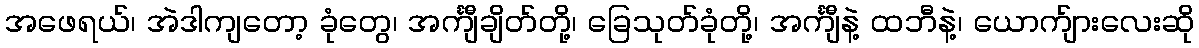
အဖေရယ်၊ အဲဒါကျတော့ ခုံတွေ၊ အင်္ကျီချိတ်တို့၊ ခြေသုတ်ခုံတို့၊ အင်္ကျီနဲ့ ထဘီနဲ့၊ ယောက်ျားလေးဆို